Lunatic asylums Madras 1892-1911 - 1892-1911
Year: 1892
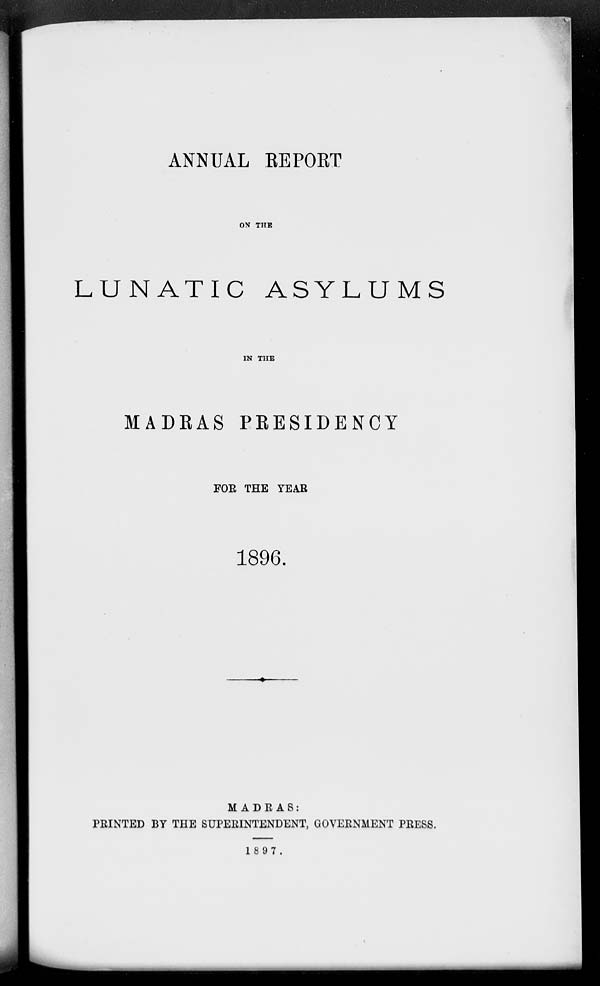
ANNUAL REPORT
ON THE
LUNATIC ASYLUMS
IN THE
MADRAS PRESIDENCY
FOE THE YEAR
1896.
MADRAS:
PRINTED BY THE SUPERINTENDENT, GOVERNMENT PRESS.
1897.